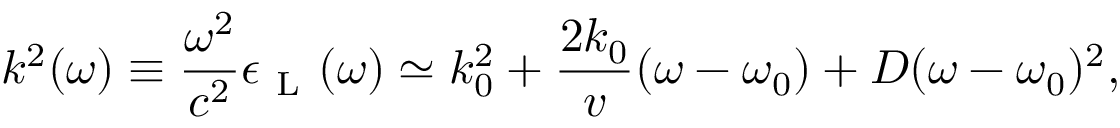
k ^ { 2 } ( \omega ) \equiv \frac { \omega ^ { 2 } } { c ^ { 2 } } \epsilon _ { \mathrm { ~ L ~ } } ( \omega ) \simeq k _ { 0 } ^ { 2 } + \frac { 2 k _ { 0 } } { v } ( \omega - \omega _ { 0 } ) + D ( \omega - \omega _ { 0 } ) ^ { 2 } ,